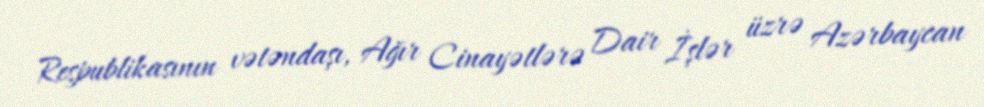
Respublikasının vətəndaşı, Ağır Cinayətlərə Dair İşlər üzrə Azərbaycan